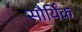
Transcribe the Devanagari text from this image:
सौर्यिक